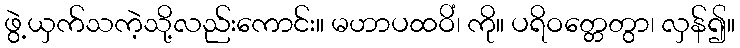
ဖွဲ့ယှက်သကဲ့သို့လည်းကောင်း။ မဟာပထဝိံ၊ ကို။ ပရိဝတ္တေတွာ၊ လှန်၍။